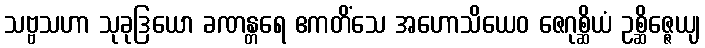
သဗ္ဗသဟာ သုခုဒြယော ခဏန္တရေ ဧကတိံသေ အဟောသိယေဝ ဇေဂုစ္ဆိယံ ဥစ္ဆိဇ္ဇေယျ